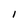
Character: I